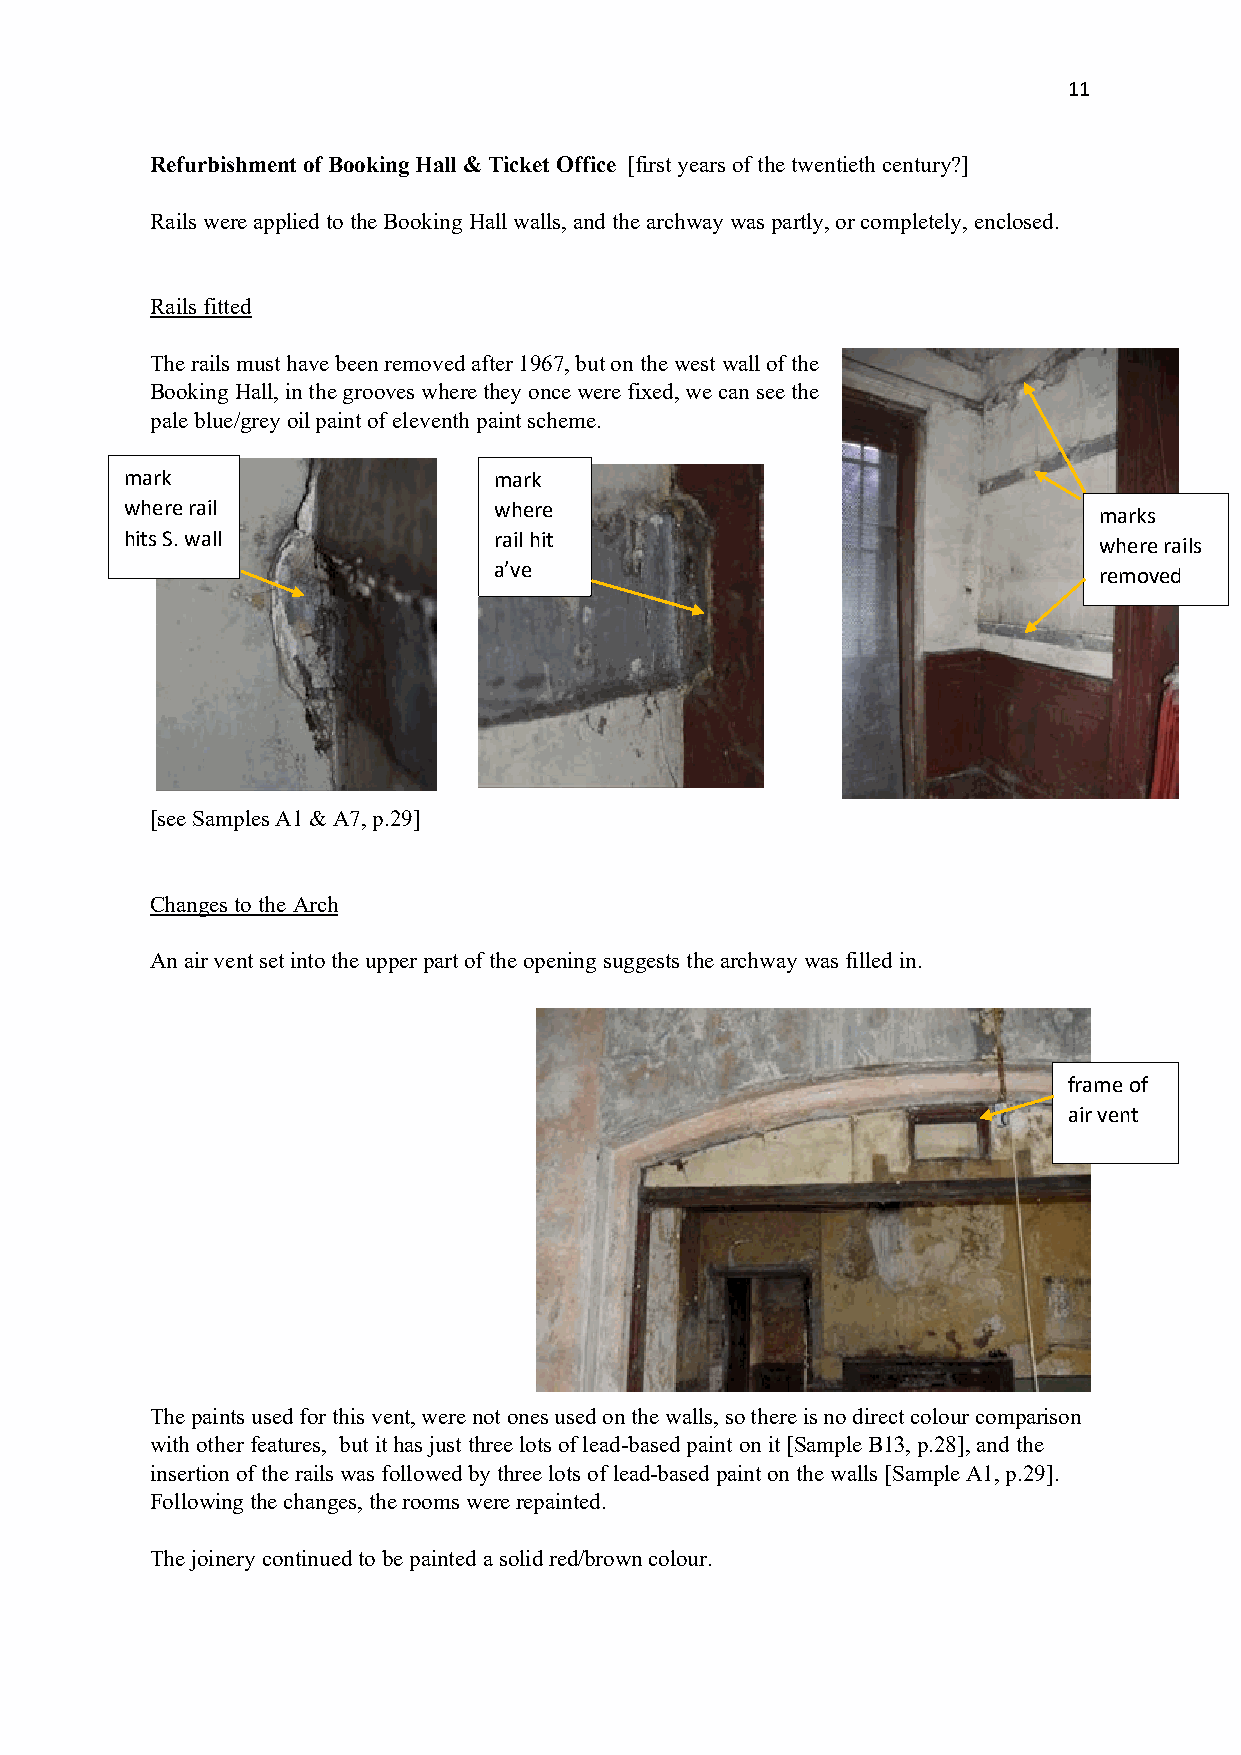
11
 Refurbishment of Booking Hall & Ticket Office [first years of the twentieth century?]
 Rails were applied to the Booking Hall walls, and the archway was partly, or completely, enclosed.
 Rails fitted
 The rails must have been removed after 1967, but on the west wall of the
 Booking Hall, in the grooves where they once were fixed, we can see the
 pale blue/grey oil paint of eleventh paint scheme.
 mark                     mark
 where rail               where                                   marks
 hits S. wall             rail hit                                where rails
 a’ve                                    removed
 [see Samples A1 & A7, p.29]
 Changes to the Arch
 An air vent set into the upper part of the opening suggests the archway was filled in.
 frame of
 air vent
 The paints used for this vent, were not ones used on the walls, so there is no direct colour comparison
 with other features, but it has just three lots of lead-based paint on it [Sample B13, p.28], and the
 insertion of the rails was followed by three lots of lead-based paint on the walls [Sample A1, p.29].
 Following the changes, the rooms were repainted.
 The joinery continued to be painted a solid red/brown colour.